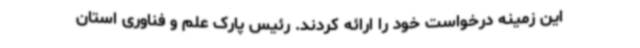
این زمینه درخواست خود را ارائه کردند. رئیس پارک علم و فناوری استان